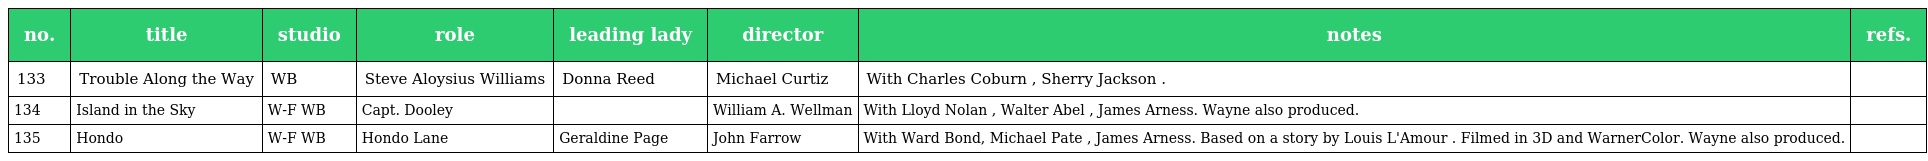
| no. | title | studio | role | leading lady | director | notes | refs. |
 | --- | --- | --- | --- | --- | --- | --- | --- |
 | 133 | Trouble Along the Way | WB | Steve Aloysius Williams | Donna Reed | Michael Curtiz | With Charles Coburn , Sherry Jackson . |  |
 | 134 | Island in the Sky | W-F WB | Capt. Dooley |  | William A. Wellman | With Lloyd Nolan , Walter Abel , James Arness. Wayne also produced. |  |
 | 135 | Hondo | W-F WB | Hondo Lane | Geraldine Page | John Farrow | With Ward Bond, Michael Pate , James Arness. Based on a story by Louis L'Amour . Filmed in 3D and WarnerColor. Wayne also produced. |  |